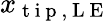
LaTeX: x_{\mathrm{~t~i~p~,~L~E~}}